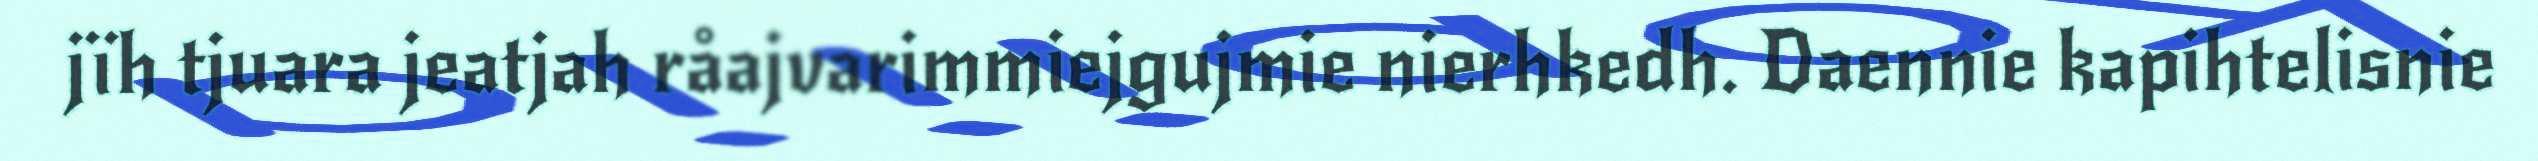
jïh tjuara jeatjah råajvarimmiejgujmie nierhkedh. Daennie kapihtelisnie